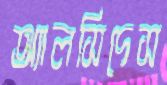
অ্যালসিদেস